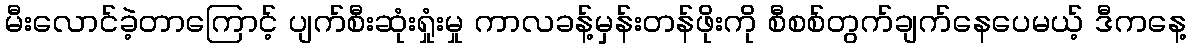
မီးလောင်ခဲ့တာကြောင့် ပျက်စီးဆုံးရှုံးမှု ကာလခန့်မှန်းတန်ဖိုးကို စီစစ်တွက်ချက်နေပေမယ့် ဒီကနေ့